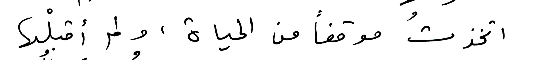
اتخذتُ موقفاً من الحياة، ولم أقبِلْها